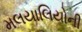
મલયાલિયોની